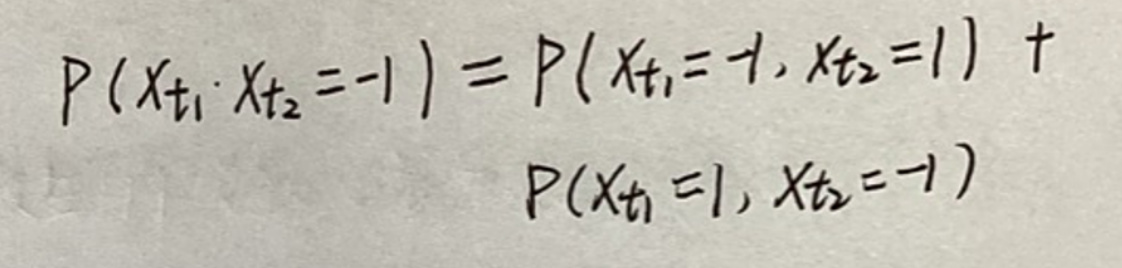
\[
P(X_{t_1} \cdot X_{t_2} = -1) = P(X_{t_1} = 1, X_{t_2} = -1) + P(X_{t_1} = -1, X_{t_2} = 1)
\]